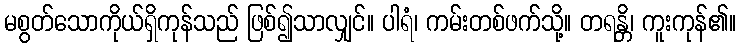
မစွတ်သောကိုယ်ရှိကုန်သည် ဖြစ်၍သာလျှင်။ ပါရံ၊ ကမ်းတစ်ဖက်သို့။ တရန္တိ၊ ကူးကုန်၏။